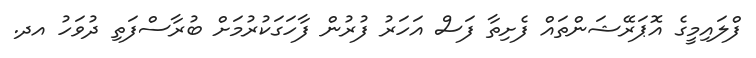
ފްލައިމީގެ އޮޕަރޭޝަންތައް ފެށިތާ ފަސް އަހަރު ފުރުން ފާހަގަކުރުމަށް ބުރާސްފަތި ދުވަހު އދ.